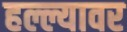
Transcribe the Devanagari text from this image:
हल्ल्यावर